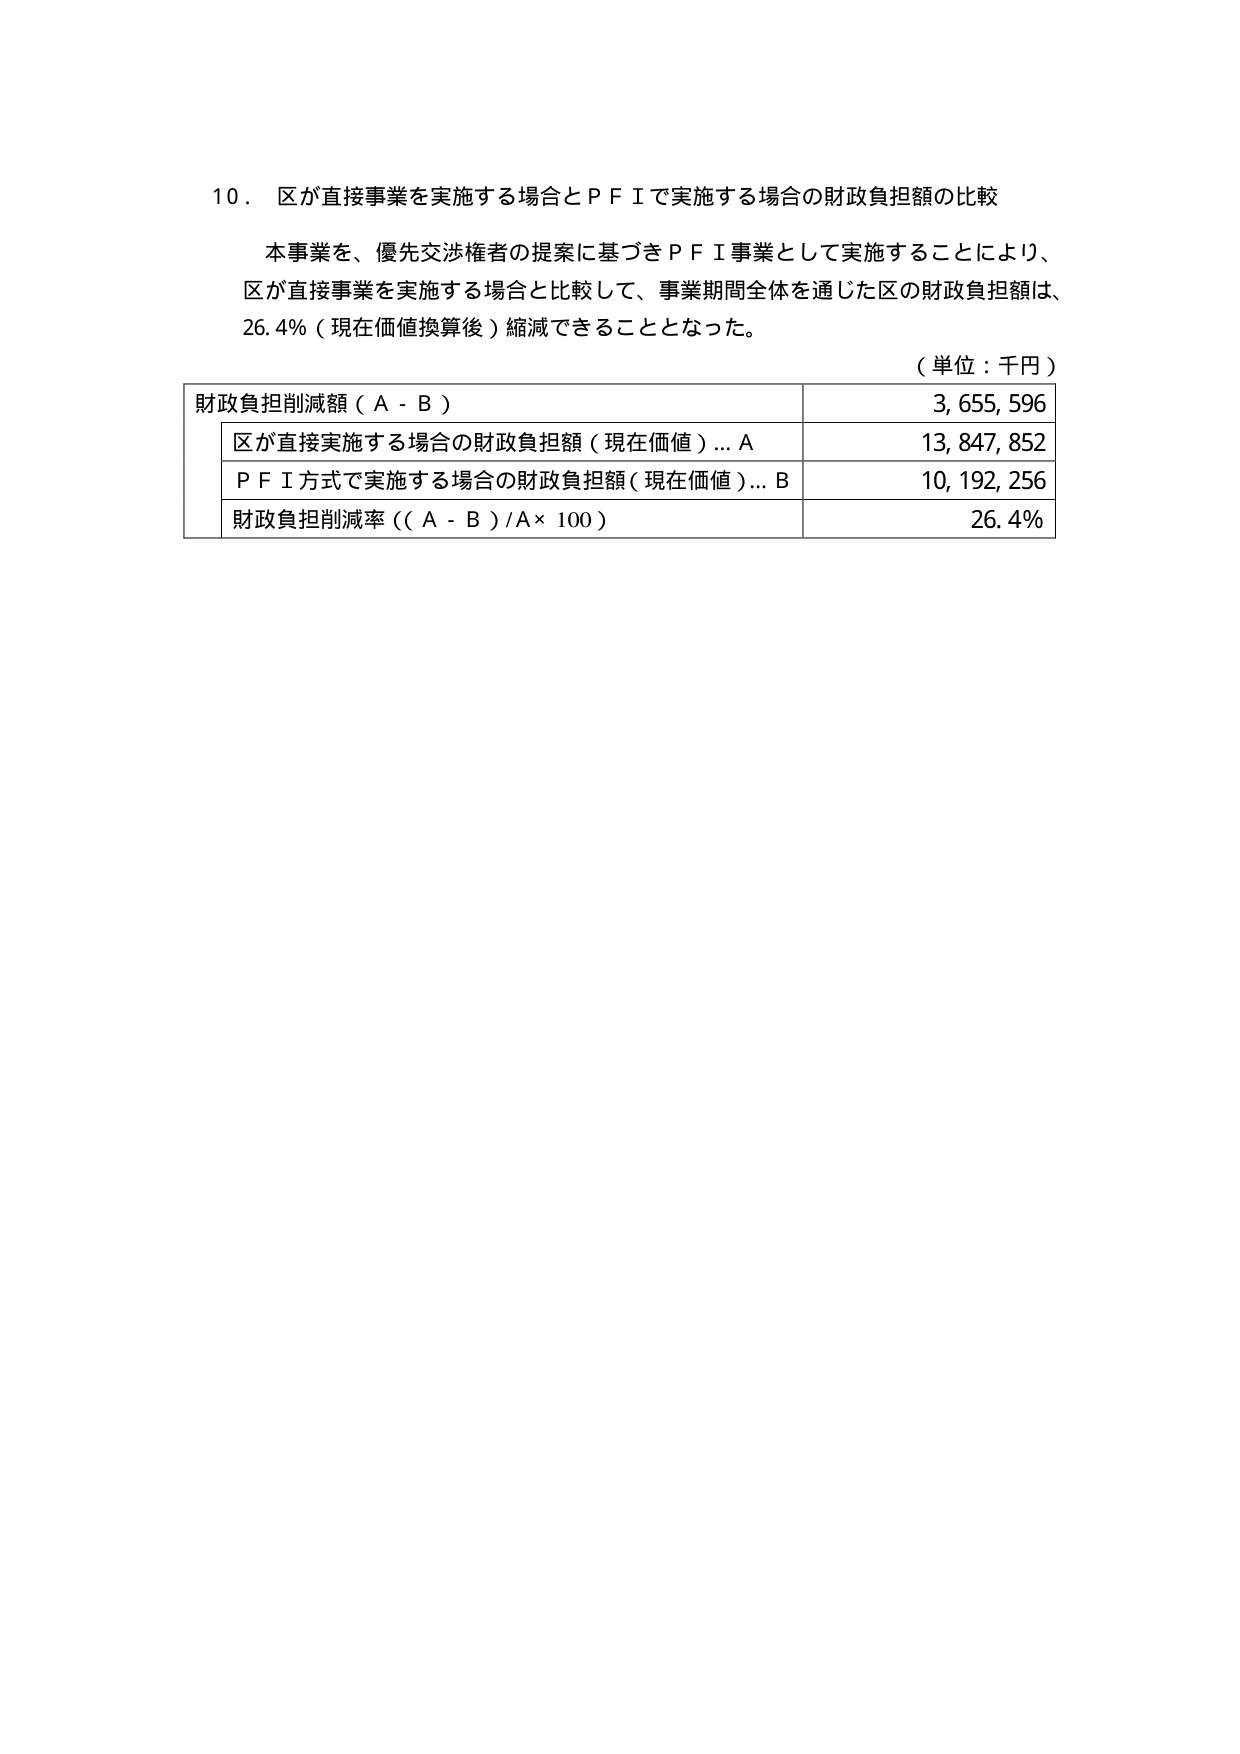
10．区が直接事業を実施する場合とＰＦＩで実施する場合の財政負担額の比較

本事業を、優先交渉権者の提案に基づきＰＦＩ事業として実施することにより、
区が直接事業を実施する場合と比較して、事業期間全体を通じた区の財政負担額は、
26.4％（現在価値換算後）縮減できることとなった。

（単位：千円）

財政負担削減額（Ａ－Ｂ）　　　　　　　　　　　　　　　　3,655,596
　区が直接実施する場合の財政負担額（現在価値）…Ａ　　　13,847,852
　ＰＦＩ方式で実施する場合の財政負担額（現在価値）…Ｂ　10,192,256
　財政負担削減率（（Ａ－Ｂ）／Ａ×100）　　　　　　　　　26.4％